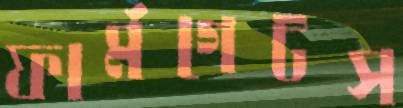
ফার্মগেটস